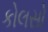
કોલસો